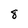
Character: 8